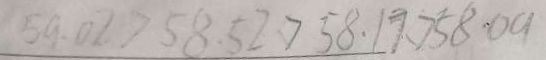
5 9 . 0 2 > 5 8 . 5 2 > 5 8 . 1 7 > 5 8 . 0 9